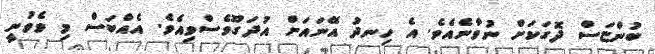
ބުންޏަސް ދޮގަކަށް ނުވާނެއެވެ. އެ ހިނދު އޭނައަށް އުދަގޫވެސްވިއެވެ. އެއްބަސް މި ވެވުނީ